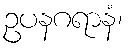
ဥပနဂရာနံ၊